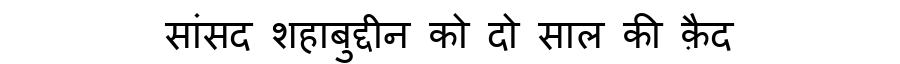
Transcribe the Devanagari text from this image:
सांसद शहाबुद्दीन को दो साल की क़ैद